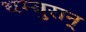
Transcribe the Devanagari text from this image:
थम्बुरान्